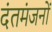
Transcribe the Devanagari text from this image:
दंतमंजनों